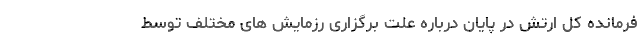
فرمانده کل ارتش در پایان درباره علت برگزاری رزمایش های مختلف توسط